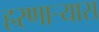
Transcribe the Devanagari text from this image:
हरणार्‍यास